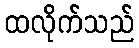
ထလိုက်သည်